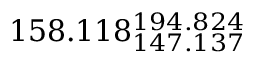
1 5 8 . 1 1 8 _ { 1 4 7 . 1 3 7 } ^ { 1 9 4 . 8 2 4 }